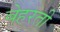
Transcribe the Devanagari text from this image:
बेहरती